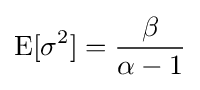
\operatorname {E} [\sigma ^{2}]={\frac {\beta }{\alpha -1}}